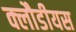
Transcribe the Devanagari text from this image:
क्लौडीयस